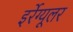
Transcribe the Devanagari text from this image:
इर्रेग्यूलर